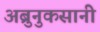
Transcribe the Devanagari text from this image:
अब्रुनुकसानी